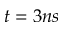
t = 3 n s